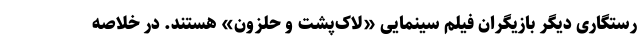
رستگاری دیگر بازیگران فیلم سینمایی «لاک‌پشت و حلزون» هستند. در خلاصه